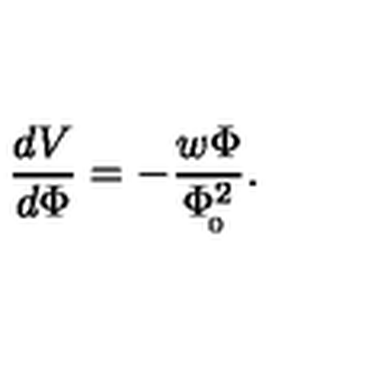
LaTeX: { \frac { d V } { d \Phi } } = - { \frac { w \Phi } { \Phi _ { \! _ { 0 } } ^ { 2 } } } .